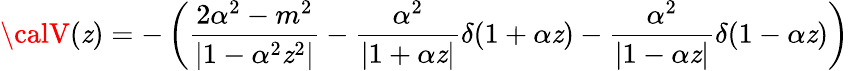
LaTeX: {\calV}(\mathit{z})=-\left(\frac{{2\alpha^{2}-m^{2}}}{{|1-\alpha^{2}\mathit{z}^{2}|}}-\frac{{\alpha^{2}}}{{|1+\alpha\mathit{z}|}}\delta(1+\alpha\mathit{z})-\frac{{\alpha^{2}}}{{|1-\alpha\mathit{z}|}}\delta(1-\alpha\mathit{z})\right)